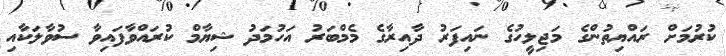
ކުރުމަށް ރައްޔިތުންގެ މަޖިލީހުގެ ނައިފަރު ދާއިރާގެ މެމްބަރު އަހުމަދު ޝިޔާމް ކުރައްވާފައިވާ ސުވާލަކާއި